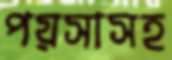
পয়সাসহ